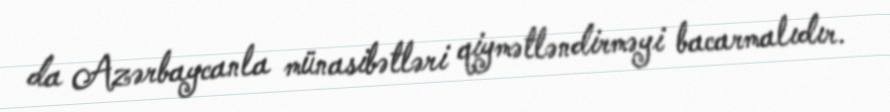
da Azərbaycanla münasibətləri qiymətləndirməyi bacarmalıdır.